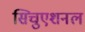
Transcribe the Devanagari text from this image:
सिचुएशनल